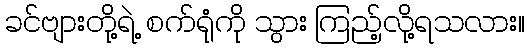
ခင်ဗျားတို့ရဲ့ စက်ရုံကို သွား ကြည့်လို့ရသလား။